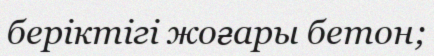
беріктігі жоғары бетон;